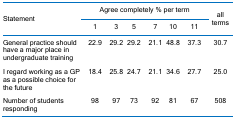
<table><thead><tr><td rowspan="2"><b>Statement</b></td><td colspan="6"><b>Agree completely % per term</b></td><td rowspan="2"><b>all terms</b></td></tr><tr><td><b>1</b></td><td><b>3</b></td><td><b>5</b></td><td><b>7</b></td><td><b>10</b></td><td><b>11</b></td></tr></thead><tbody><tr><td>General practice should have a major place in undergraduate training</td><td>22.9</td><td>29.2</td><td>29.2</td><td>21.1</td><td>48.8</td><td>37.3</td><td>30.7</td></tr><tr><td>I regard working as a GP as a possible choice for the future</td><td>18.4</td><td>25.8</td><td>24.7</td><td>21.1</td><td>34.6</td><td>27.7</td><td>25.0</td></tr><tr><td>Number of students responding</td><td>98</td><td>97</td><td>73</td><td>92</td><td>81</td><td>67</td><td>508</td></tr></tbody></table>